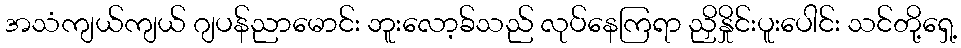
အသံကျယ်ကျယ် ဂျပန်ညာမောင်း ဘူးလော့ခ်သည် လုပ်နေကြရာ ညှိနှိုင်းပူးပေါင်း သင်တို့ရှေ့